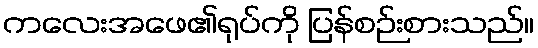
ကလေးအဖေ၏ရုပ်ကို ပြန်စဉ်းစားသည်။